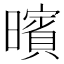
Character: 𣋪